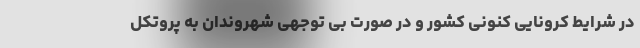
در شرایط کرونایی کنونی کشور و در صورت بی توجهی شهروندان به پروتکل